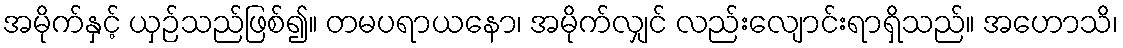
အမိုက်နှင့် ယှဉ်သည်ဖြစ်၍။ တမပရာယနော၊ အမိုက်လျှင် လည်းလျောင်းရာရှိသည်။ အဟောသိ၊